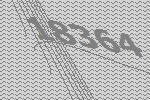
18364